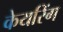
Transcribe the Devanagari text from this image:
केयरिंग